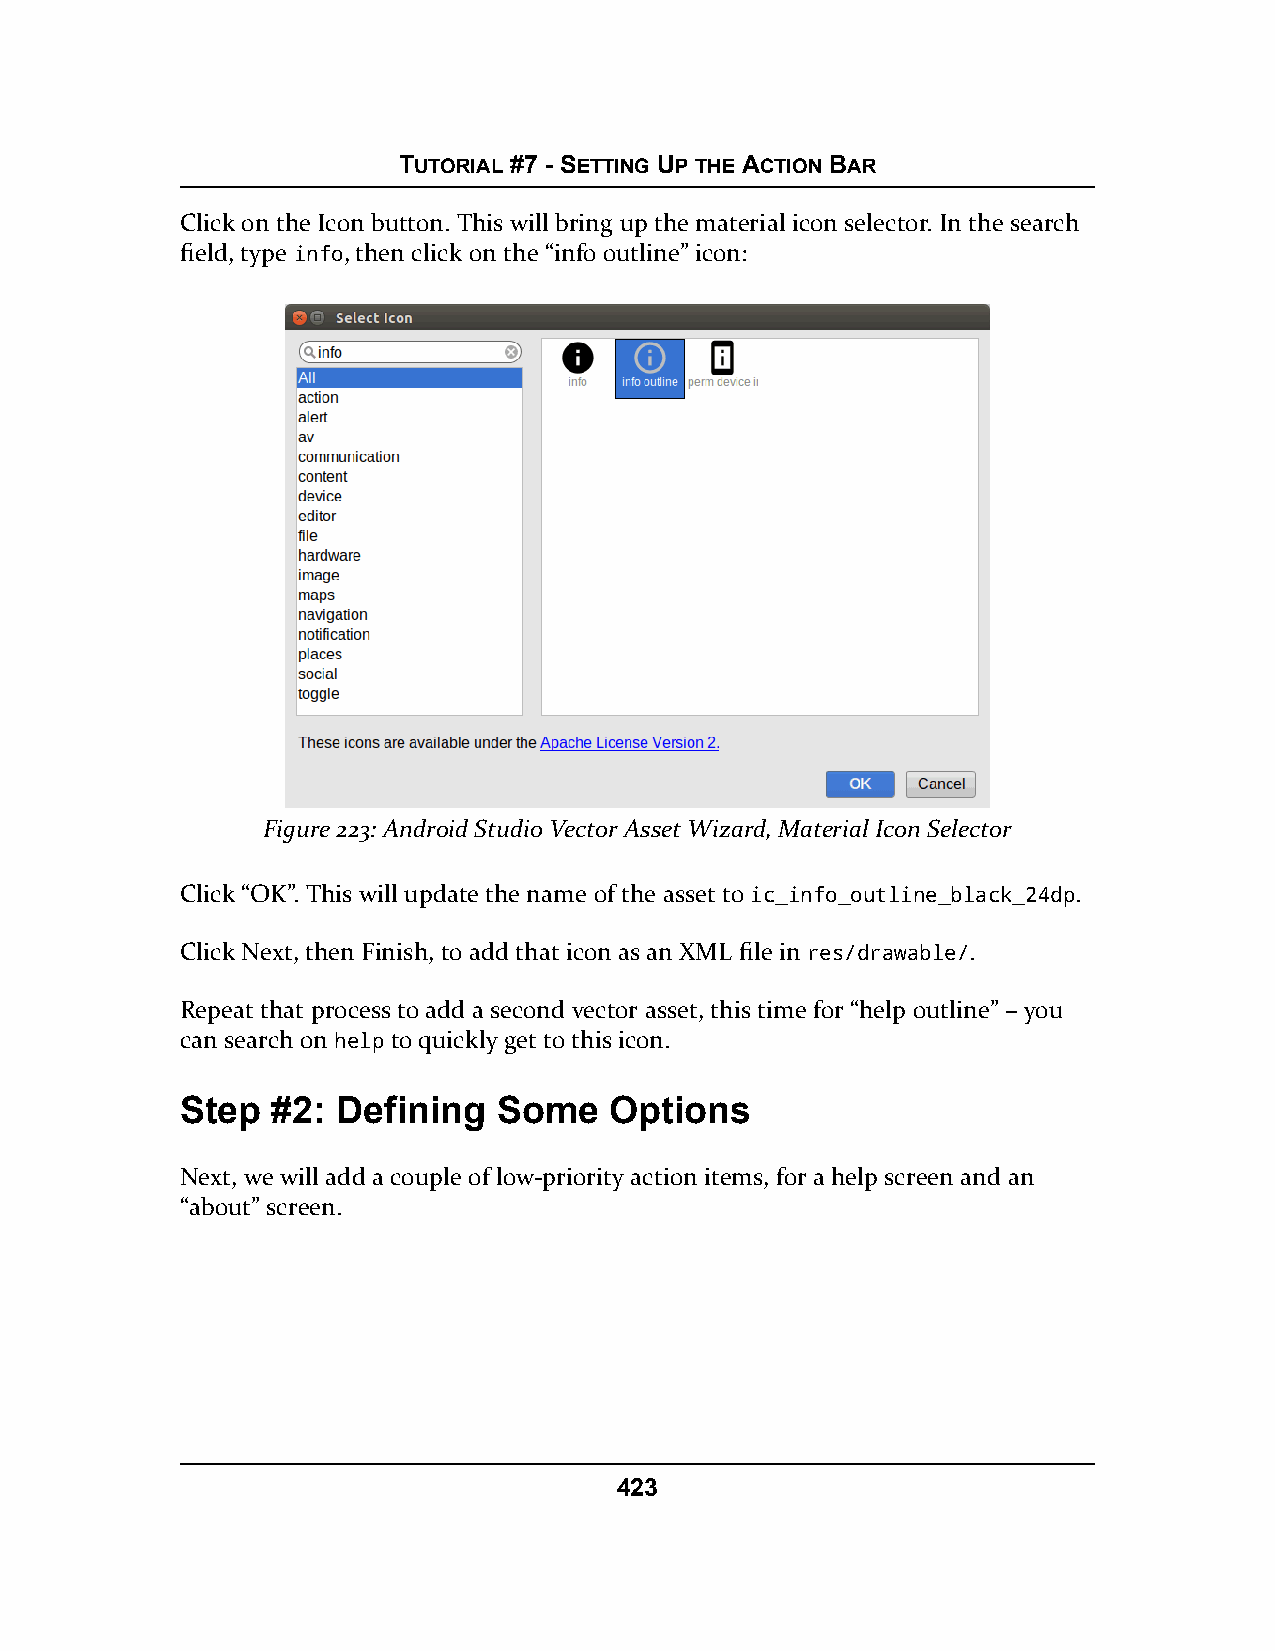
TUTORIAL #7 - SETTING UP THE ACTION BAR
 Click on the Icon button. This will bring up the material icon selector. In the search
 field, type info, then click on the “info outline” icon:
 Figure 223: Android Studio Vector Asset Wizard, Material Icon Selector
 Click “OK”. This will update the name of the asset to ic_info_outline_black_24dp.
 Click Next, then Finish, to add that icon as an XML file in res/drawable/.
 Repeat that process to add a second vector asset, this time for “help outline” – you
 can search on help to quickly get to this icon.
 Step  #2: Defining   Some   Options
 Next, we will add a couple of low-priority action items, for a help screen and an
 “about” screen.
 423